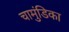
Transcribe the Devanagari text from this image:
चामुंडिका